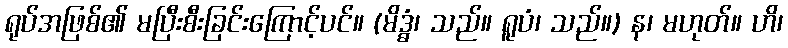
ရုပ်အဖြစ်၏ မပြီးစီးခြင်းကြောင့်ပင်။ (မိဒ္ဓံ၊ သည်။ ရူပံ၊ သည်။) န၊ မဟုတ်။ ဟိ၊